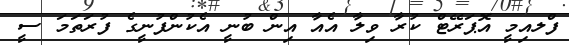
ފްލއިމީ އޮޕަރޭޓް ކުރާ ވިލާ އެއާ އިން ބުނީ އެކުންފުނީގެ ފުރަތަމަ ސީ